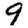
Digit: 9